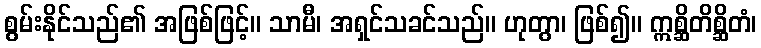
စွမ်းနိုင်သည်၏ အဖြစ်ဖြင့်။ သာမီ၊ အရှင်သခင်သည်။ ဟုတွာ၊ ဖြစ်၍။ ဣစ္ဆိတိစ္ဆိတံ၊